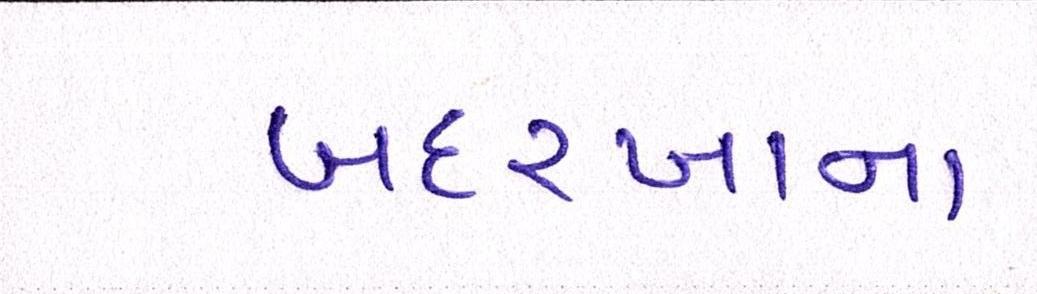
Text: બદરખાના